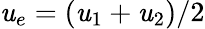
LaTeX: \mathit{u}_{e}=\left(\mathit{u}_{1}+\mathit{u}_{2}\right)/2